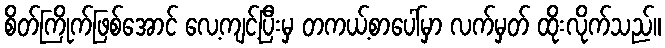
စိတ်ကြိုက်ဖြစ်အောင် လေ့ကျင့်ပြီးမှ တကယ့်စာပေါ်မှာ လက်မှတ် ထိုးလိုက်သည်။